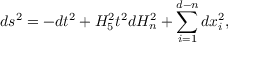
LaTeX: d s ^ { 2 } = - d t ^ { 2 } + H _ { 5 } ^ { 2 } t ^ { 2 } d H _ { n } ^ { 2 } + \sum _ { i = 1 } ^ { d - n } d x _ { i } ^ { 2 } ,